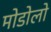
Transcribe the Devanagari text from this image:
मोडोलो